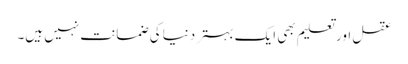
عقل اور تعلیم بھی ایک بہتر دنیا کی ضمانت نہیں ہیں۔